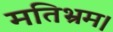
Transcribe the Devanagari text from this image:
मतिभ्रम।